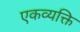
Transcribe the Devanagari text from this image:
एकव्यक्ति